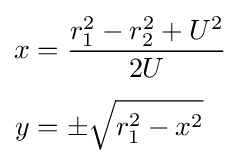
{\begin{aligned}x&={\frac {r_{1}^{2}-r_{2}^{2}+U^{2}}{2U}}\\[4pt]y&=\pm {\sqrt {r_{1}^{2}-x^{2}}}\end{aligned}}